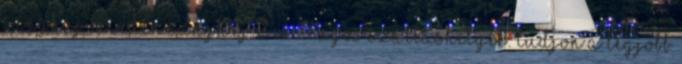
Sanghaj Minden Sanghaj 2 csillagos szálláshelyek: tudjon a legjobb